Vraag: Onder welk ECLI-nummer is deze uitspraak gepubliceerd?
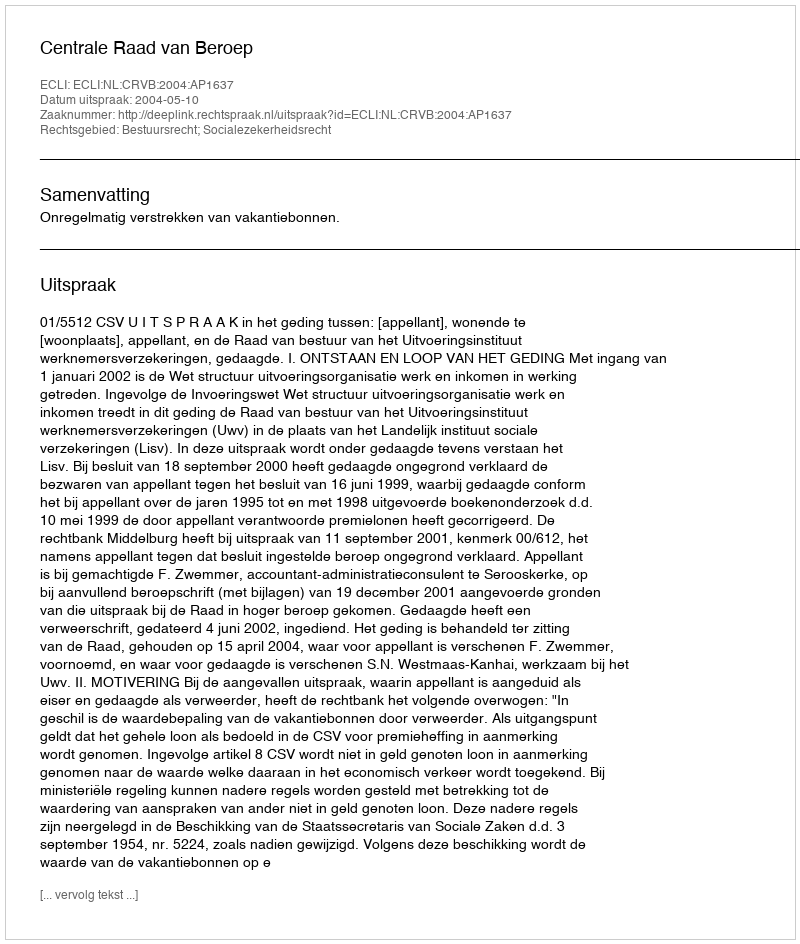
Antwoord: ECLI:NL:CRVB:2004:AP1637